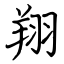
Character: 翔